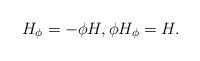
LaTeX: \begin{align*}H_{\phi} = - \phi H, \phi H_{\phi} = H.\end{align*}